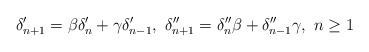
\begin{align*}\delta_{n+1}'=\beta \delta_n'+\gamma \delta_{n-1}',~\delta_{n+1}''=\delta_n''\beta +\delta_{n-1}''\gamma,~n\geq 1\end{align*}